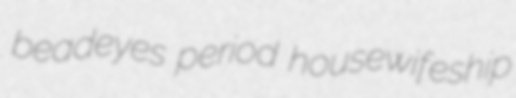
beadeyes period housewifeship